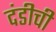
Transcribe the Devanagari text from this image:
दंडीची